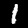
Digit: 1